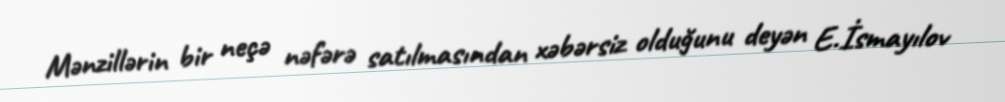
Mənzillərin bir neçə nəfərə satılmasından xəbərsiz olduğunu deyən E.İsmayılov